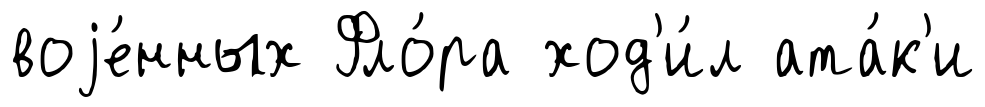
воjе́нных Фло́ра ход'и́л ата́к'и